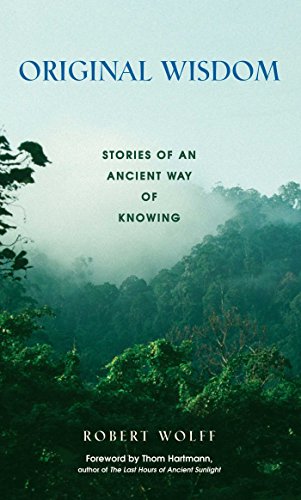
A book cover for Original Wisdom: Stories of an Ancient Way of Knowing; Robert Wolff; History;